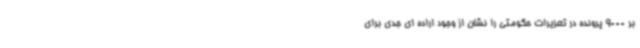
بر 9000 پرونده در تعزیرات حکومتی را نشان از وجود اراده ای جدی برای